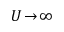
{ \cal U } \! \to \! \infty